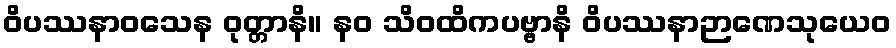
ဝိပဿနာဝသေန ဝုတ္တာနိ။ နဝ သိဝထိကပဗ္ဗာနိ ဝိပဿနာဉာဏေသုယေဝ